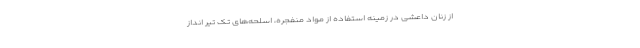
از زنان داعشی در زمینه استفاده از مواد منفجره، اسلحه‌های تک تیر انداز